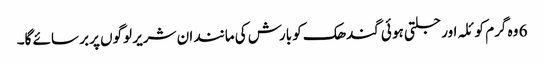
6 وہ گرم کو ئلہ اور جلتی ہو ئی گندھک کو بارش کی مانند ان شریر لوگوں پر بر سائے گا۔